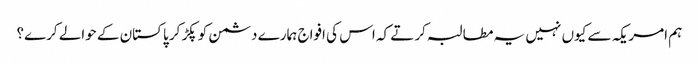
ہم امریکہ سے کیوں نہیں یہ مطالبہ کرتے کہ اس کی افواج ہمارے دشمن کو پکڑ کر پاکستان کے حوالے کرے؟